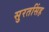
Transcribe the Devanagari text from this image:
सुरतसिंह